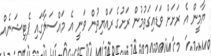
ޔާމީން އެ ރަށަށް ވަޑައިގަތުމުން ރަށުގެ ރައްޔިތުން ވަނީ އެ މައްސަލާގައި ޕެޓިޝަނެއް